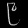
Digit: ၉